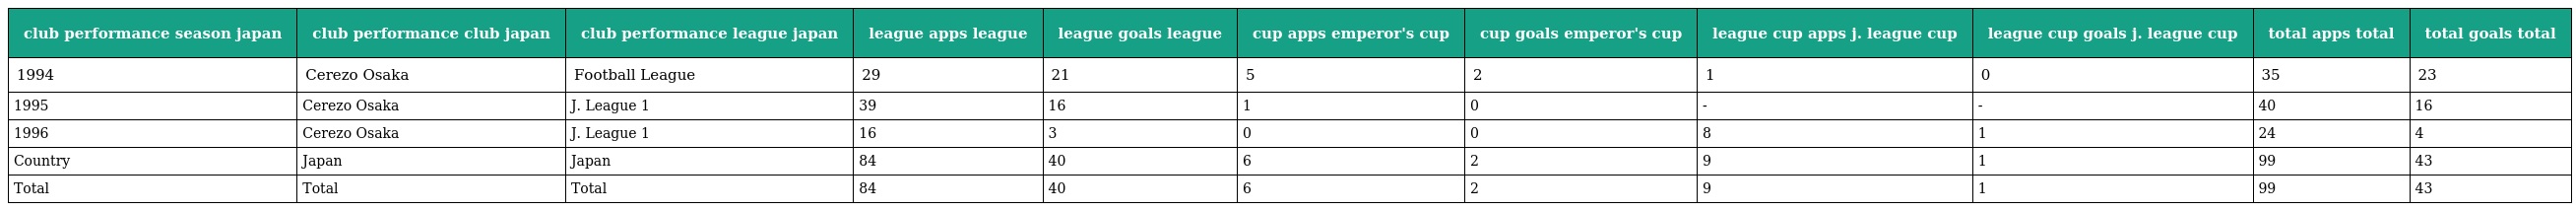
| club performance season japan | club performance club japan | club performance league japan | league apps league | league goals league | cup apps emperor's cup | cup goals emperor's cup | league cup apps j. league cup | league cup goals j. league cup | total apps total | total goals total |
 | --- | --- | --- | --- | --- | --- | --- | --- | --- | --- | --- |
 | 1994 | Cerezo Osaka | Football League | 29 | 21 | 5 | 2 | 1 | 0 | 35 | 23 |
 | 1995 | Cerezo Osaka | J. League 1 | 39 | 16 | 1 | 0 | - | - | 40 | 16 |
 | 1996 | Cerezo Osaka | J. League 1 | 16 | 3 | 0 | 0 | 8 | 1 | 24 | 4 |
 | Country | Japan | Japan | 84 | 40 | 6 | 2 | 9 | 1 | 99 | 43 |
 | Total | Total | Total | 84 | 40 | 6 | 2 | 9 | 1 | 99 | 43 |